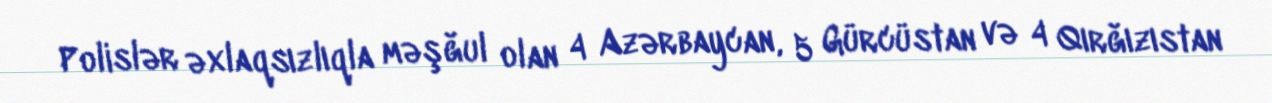
Polislər əxlaqsızlıqla məşğul olan 4 Azərbaycan, 5 Gürcüstan və 4 Qırğızıstan